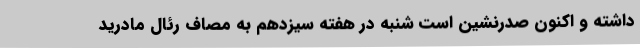
داشته و اکنون صدرنشین است شنبه در هفته سیزدهم به مصاف رئال مادرید